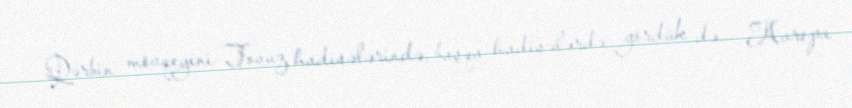
- Qərbin mövqeyini Tovuz hadisələrində, başqa hadisələrdə gördük də... Avropa